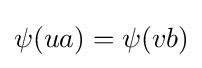
\psi (ua)=\psi (vb)